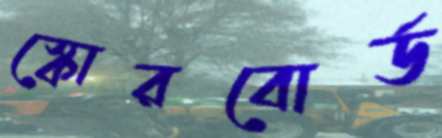
স্কোরবোর্ড